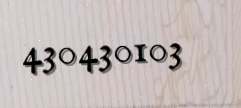
430430103